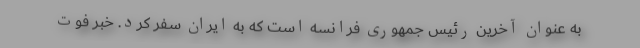
به عنوان آخرین رئیس جمهوری فرانسه است که به ایران سفر کرد. خبر فوت